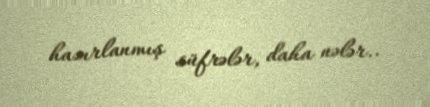
hazırlanmış süfrələr, daha nələr..